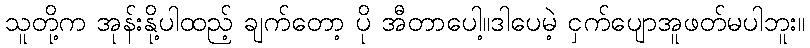
သူတို့က အုန်းနို့ပါထည့် ချက်တော့ ပို အီတာပေါ့။ဒါပေမဲ့ ငှက်ပျောအူဖတ်မပါဘူး။